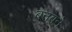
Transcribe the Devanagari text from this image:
बनवने